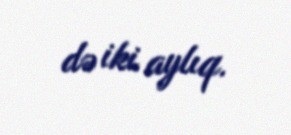
də iki aylıq.